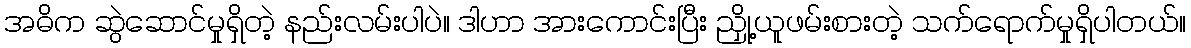
အဓိက ဆွဲဆောင်မှုရှိတဲ့ နည်းလမ်းပါပဲ။ ဒါဟာ အားကောင်းပြီး ညှို့ယူဖမ်းစားတဲ့ သက်ရောက်မှုရှိပါတယ်။